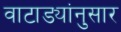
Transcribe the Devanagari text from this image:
वाटाड्यांनुसार